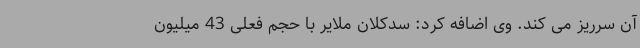
آن سرریز می کند. وی اضافه کرد: سدکلان ملایر با حجم فعلی 43 میلیون